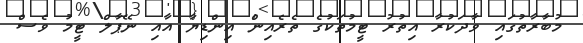
މުބާރާތުގައި ވާދަކުރާ އިތުރު ޓީމުތަކުގެ ތެރެއިން އިންޑިޔާ އާއި ނޭޕާލް ޓީމު ވެސް